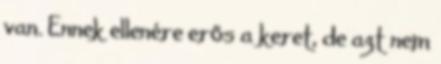
van. Ennek ellenére erős a keret, de azt nem